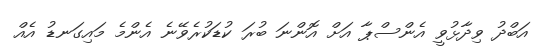
އަބްދު ވިދާޅުވީ އެންސްޕާ އަށް އޮންނަ ބުރަ ކުޑަކުރެވޭނެ އެންމެ މައިގަނޑު އެއް